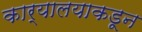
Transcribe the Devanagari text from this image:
कार्यालयाकडून